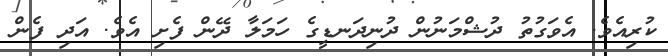
ކުރިއެވެ. އެވަގުތު ދުޝްމަނުން ދުނިދަނޑީގެ ހަމަލާ ދޭން ފެށި އެވެ. އަދި ފެން